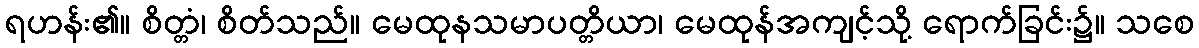
ရဟန်း၏။ စိတ္တံ၊ စိတ်သည်။ မေထုနသမာပတ္တိယာ၊ မေထုန်အကျင့်သို့ ရောက်ခြင်း၌။ သစေ